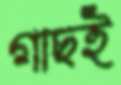
গাছই